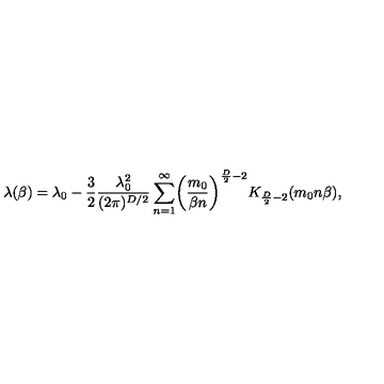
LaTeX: \lambda ( \beta ) = \lambda _ { 0 } - \frac { 3 } { 2 } \frac { \lambda _ { 0 } ^ { 2 } } { ( 2 \pi ) ^ { D / 2 } } \sum _ { n = 1 } ^ { \infty } \biggl ( \frac { m _ { 0 } } { \beta n } \biggr ) ^ { \frac { D } { 2 } - 2 } K _ { \frac { D } { 2 } - 2 } ( m _ { 0 } n \beta ) ,